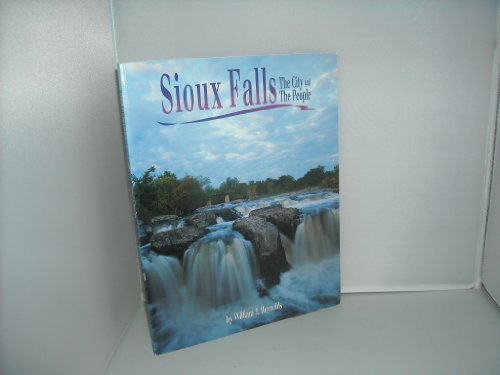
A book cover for Sioux Falls: The City and the People; William J. Reynolds; Travel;